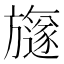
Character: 旞